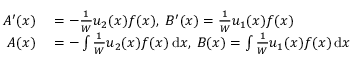
\begin{array} { r l } { A ^ { \prime } ( x ) } & { { } = - { \frac { 1 } { W } } u _ { 2 } ( x ) f ( x ) , \; B ^ { \prime } ( x ) = { \frac { 1 } { W } } u _ { 1 } ( x ) f ( x ) } \\ { A ( x ) } & { { } = - \int { \frac { 1 } { W } } u _ { 2 } ( x ) f ( x ) \, \mathrm { d } x , \; B ( x ) = \int { \frac { 1 } { W } } u _ { 1 } ( x ) f ( x ) \, \mathrm { d } x } \end{array}